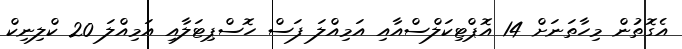
އެގޮތުން މިހާތަނަށް 14 އޮޕްޓިކަލްސްއާއި އަމިއްލަ ފަސް ހޮސްޕިޓަލާއި އަމިއްލަ 20 ކްލިނިކް